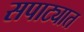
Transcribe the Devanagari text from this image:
सपाट्यात